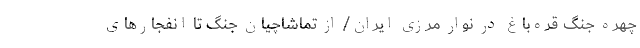
چهره جنگ قره‌باغ در نوار مرزی ایران/ از تماشاچیان جنگ تا انفجارهای